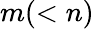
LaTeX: m(<n)